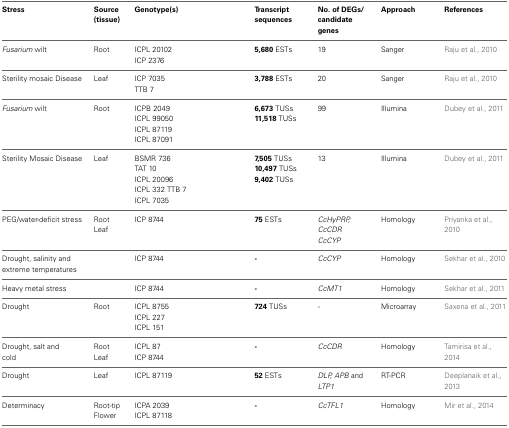
<table><thead><tr><td><b>Stress</b></td><td><b>Source (tissue)</b></td><td><b>Genotype(s)</b></td><td><b>Transcript sequences</b></td><td><b>No. of DEGs/candidate genes</b></td><td><b>Approach</b></td><td><b>References</b></td></tr></thead><tbody><tr><td rowspan="2"><i>Fusarium</i> wilt</td><td rowspan="2">Root</td><td>ICPL 20102</td><td rowspan="2"><b>5,680</b> ESTs</td><td rowspan="2">19</td><td rowspan="2">Sanger</td><td rowspan="2">Raju et al., 2010</td></tr><tr><td>ICP 2376</td></tr><tr><td rowspan="2">Sterility mosaic Disease</td><td rowspan="2">Leaf</td><td>ICP 7035</td><td rowspan="2"><b>3,788</b> ESTs</td><td rowspan="2">20</td><td rowspan="2">Sanger</td><td rowspan="2">Raju et al., 2010</td></tr><tr><td>TTB 7</td></tr><tr><td rowspan="4"><i>Fusarium</i> wilt</td><td rowspan="4">Root</td><td>ICPB 2049</td><td><b>6,673</b> TUSs</td><td rowspan="4">99</td><td rowspan="4">Illumina</td><td rowspan="4">Dubey et al., 2011</td></tr><tr><td>ICPL 99050</td><td rowspan="3"><b>11,518</b> TUSs</td></tr><tr><td>ICPL 87119</td></tr><tr><td>ICPL 87091</td></tr><tr><td rowspan="5">Sterility Mosaic Disease</td><td rowspan="5">Leaf</td><td>BSMR 736</td><td><b>7,505</b> TUSs</td><td rowspan="5">13</td><td rowspan="5">Illumina</td><td rowspan="5">Dubey et al., 2011</td></tr><tr><td>TAT 10</td><td><b>10,497</b> TUSs</td></tr><tr><td>ICPL 20096</td><td rowspan="3"><b>9,402</b> TUSs</td></tr><tr><td>ICPL 332 TTB 7</td></tr><tr><td>ICPL 7035</td></tr><tr><td rowspan="2">PEG/water-deficit stress</td><td rowspan="2">Root Leaf</td><td rowspan="2">ICP 8744</td><td rowspan="2"><b>75</b> ESTs</td><td><i>CcHyPRP, CcCDR</i></td><td rowspan="2">Homology</td><td rowspan="2">Priyanka et al., 2010</td></tr><tr><td><i>CcCYP</i></td></tr><tr><td>Drought, salinity and extreme temperatures</td><td></td><td>ICP 8744</td><td><b>-</b></td><td><i>CcCYP</i></td><td>Homology</td><td>Sekhar et al., 2010</td></tr><tr><td>Heavy metal stress</td><td></td><td>ICP 8744</td><td><b>-</b></td><td><i>CcMT1</i></td><td>Homology</td><td>Sekhar et al., 2011</td></tr><tr><td rowspan="3">Drought</td><td rowspan="3">Root</td><td>ICPL 8755</td><td rowspan="3"><b>724</b> TUSs</td><td rowspan="3">-</td><td rowspan="3">Microarray</td><td rowspan="3">Saxena et al., 2011</td></tr><tr><td>ICPL 227</td></tr><tr><td>ICPL 151</td></tr><tr><td rowspan="2">Drought, salt and cold</td><td rowspan="2">Root Leaf</td><td>ICPL 87</td><td rowspan="2"><b>-</b></td><td rowspan="2"><i>CcCDR</i></td><td rowspan="2">Homology</td><td rowspan="2">Tamirisa et al., 2014</td></tr><tr><td>ICP 8744</td></tr><tr><td>Drought</td><td>Leaf</td><td>ICPL 87119</td><td><b>52</b> ESTs</td><td><i>DLP, APB</i> and <i>LTP1</i></td><td>RT-PCR</td><td>Deeplanaik et al., 2013</td></tr><tr><td rowspan="2">Determinacy</td><td rowspan="2">Root-tip Flower</td><td>ICPA 2039</td><td rowspan="2"><b>-</b></td><td rowspan="2"><i>CcTFL1</i></td><td rowspan="2">Homology</td><td rowspan="2">Mir et al., 2014</td></tr><tr><td>ICPL 87118</td></tr></tbody></table>